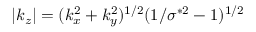
| k _ { z } | = ( k _ { x } ^ { 2 } + k _ { y } ^ { 2 } ) ^ { 1 / 2 } ( 1 / \sigma ^ { * 2 } - 1 ) ^ { 1 / 2 }